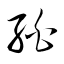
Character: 絈